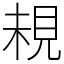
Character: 䙿